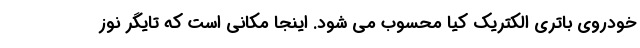
خودروی باتری الکتریک کیا محسوب می شود. اینجا مکانی است که تایگر نوز